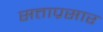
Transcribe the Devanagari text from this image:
सत्ताप्रसार